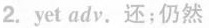
2.yet adv.还；仍然